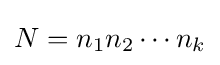
N=n_{1}n_{2}\cdots n_{k}